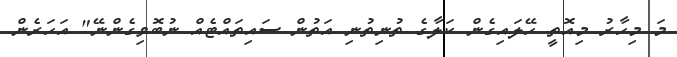
މަ މިހާރު މިއޮތީ ހޭލައިގެން ކަލާގެ ތުނިތުނި އަތުން ސައިތައްޓެއް ނުބޮވިގެންނޭ" އަހަރެން